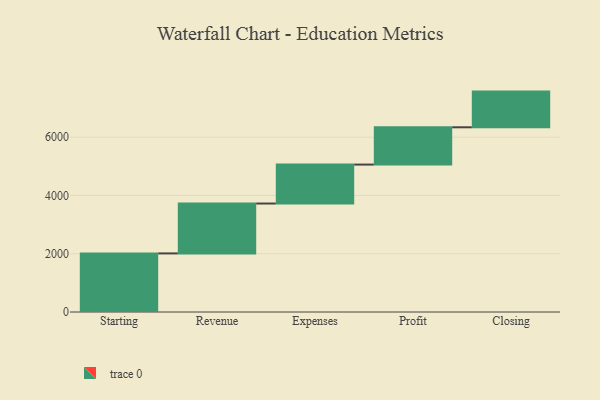
{"axis": {"x": "Step", "y": "Value"}, "legend": [""], "data": [{"x": "Starting", "y": 2011.0, "type": ""}, {"x": "Revenue", "y": 1712.0, "type": ""}, {"x": "Expenses", "y": 1337.0, "type": ""}, {"x": "Profit", "y": 1280.0, "type": ""}, {"x": "Closing", "y": 1225.0, "type": ""}]}